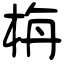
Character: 栴